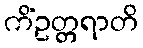
ကိံဥတ္တရာတိ